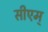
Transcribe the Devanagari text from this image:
सीएम्